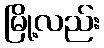
မြို့လည်း